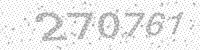
Solution: 270761